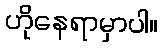
ဟိုနေရာမှာပါ။